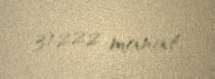
31222 manat